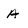
Character: A